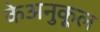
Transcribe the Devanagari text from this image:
केअनुकूल